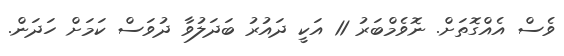
ވެސް އެއްގޮތަށް. ނޮވެމްބަރު 11 އަކީ ދައުރު ބަދަލުވާ ދުވަސް ކަމަށް ހަދަން.